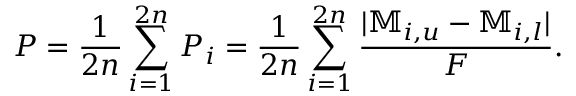
P = \frac { 1 } { 2 n } \sum _ { i = 1 } ^ { 2 n } P _ { i } = \frac { 1 } { 2 n } \sum _ { i = 1 } ^ { 2 n } \frac { | \mathbb { M } _ { i , u } - \mathbb { M } _ { i , l } | } { F } .